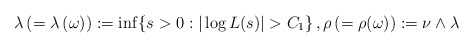
\begin{align*}\lambda \,(=\lambda \,(\omega)):=\inf\{s>0: |\log L(s)| > C_1\}\,, \rho \,(=\rho(\omega)):=\nu \wedge \lambda \end{align*}